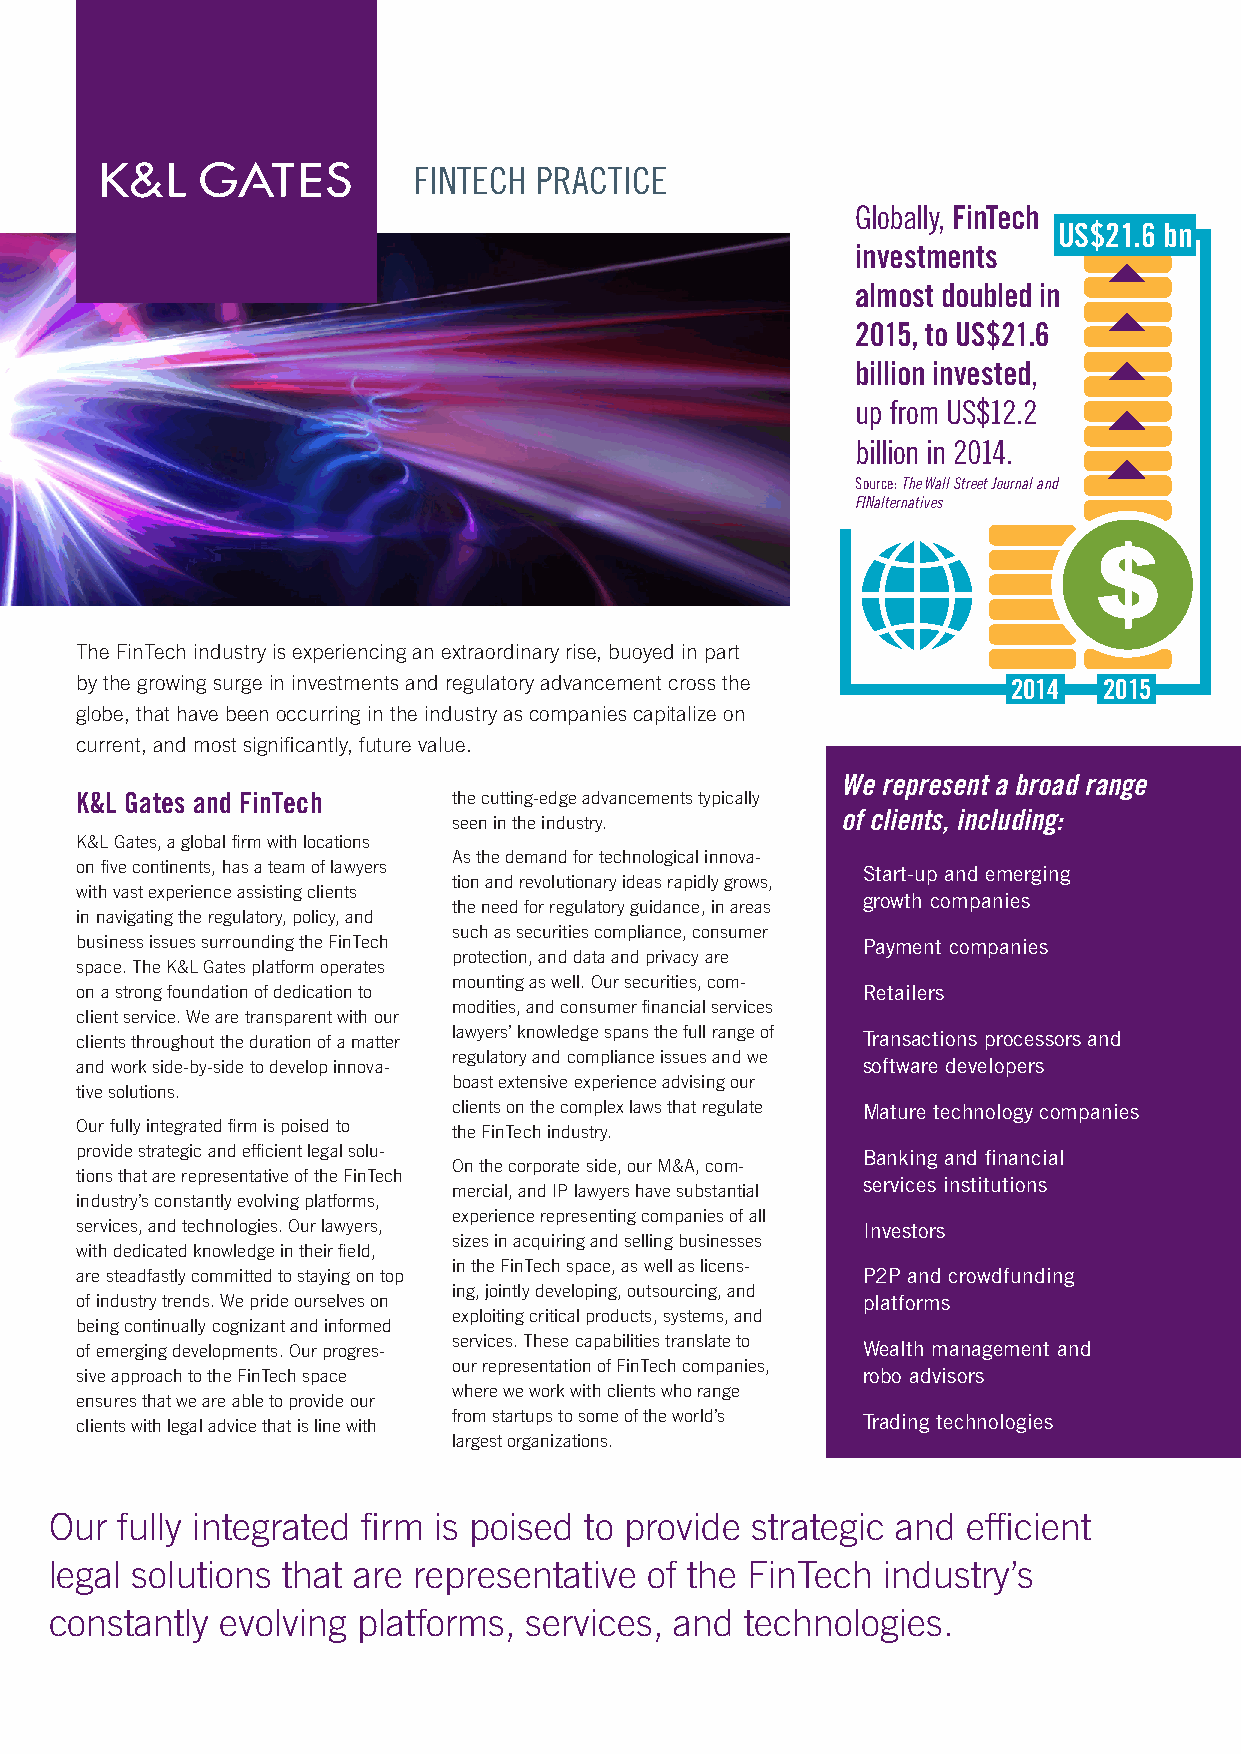
FINTECH PRACTICE
 Globally, FinTech
 US$21.6 bn
 investments
 almost doubled in
 2015, to US$21.6
 billion invested,
 up from US$12.2
 billion in 2014.
 Source: The Wall Street Journal and
 FINalternatives
 The FinTech industry is experiencing an extraordinary rise, buoyed in part
 by the growing surge in investments and regulatory advancement cross the 2014 2015
 globe, that have been occurring in the industry as companies capitalize on
 current, and most significantly, future value.
 We represent a broad range
 K&L Gates and FinTech    the cutting-edge advancements typically
 seen in the industry.     of clients, including:
 K&L Gates, a global firm with locations
 As the demand for technological innova-
 on five continents, has a team of lawyers
 Start-up and emerging
 tion and revolutionary ideas rapidly grows,
 with vast experience assisting clients
 growth companies
 the need for regulatory guidance, in areas
 in navigating the regulatory, policy, and
 such as securities compliance, consumer
 business issues surrounding the FinTech             Payment companies
 protection, and data and privacy are
 space. The K&L Gates platform operates
 mounting as well. Our securities, com-
 on a strong foundation of dedication to             Retailers
 modities, and consumer financial services
 client service. We are transparent with our
 clients throughout the duration of a matter lawyers’ knowledge spans the full range of Transactions processors and
 regulatory and compliance issues and we
 and work side-by-side to develop innova-            software developers
 boast extensive experience advising our
 tive solutions.
 clients on the complex laws that regulate Mature technology companies
 Our fully integrated firm is poised to the FinTech industry.
 provide strategic and efficient legal solu-         Banking and financial
 On the corporate side, our M&A, com-
 tions that are representative of the FinTech
 services institutions
 mercial, and IP lawyers have substantial
 industry’s constantly evolving platforms,
 experience representing companies of all
 services, and technologies. Our lawyers,            Investors
 sizes in acquiring and selling businesses
 with dedicated knowledge in their field,
 in the FinTech space, as well as licens-
 are steadfastly committed to staying on top         P2P and crowdfunding
 ing, jointly developing, outsourcing, and
 of industry trends. We pride ourselves on           platforms
 exploiting critical products, systems, and
 being continually cognizant and informed
 services. These capabilities translate to
 of emerging developments. Our progres-              Wealth management and
 our representation of FinTech companies,
 sive approach to the FinTech space                  robo advisors
 where we work with clients who range
 ensures that we are able to provide our
 clients with legal advice that is line with from startups to some of the world’s Trading technologies
 largest organizations.
 Our  fully integrated firm is poised to provide strategic and efficient
 legal solutions that are representative of the FinTech industry’s
 constantly  evolving platforms, services, and technologies.